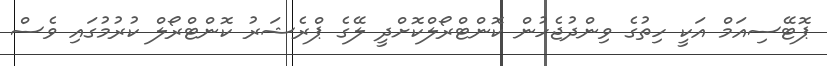
ޕޮޓޭސިއަމް އަކީ ހިތުގެ ވިންދުޖެހުން ކޮންޓްރޯލްކޮށްދީ ލޭގެ ޕްރެޝަރު ކޮންޓްރޯލް ކުރުމުގައި ވެސް